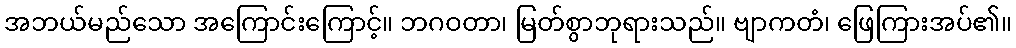
အဘယ်မည်သော အကြောင်းကြောင့်။ ဘဂဝတာ၊ မြတ်စွာဘုရားသည်။ ဗျာကတံ၊ ဖြေကြားအပ်၏။